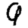
Digit: 9